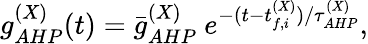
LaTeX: g_{AHP}^{(X)}(t)=\bar{g}_{AHP}^{(X)}~e^{-(t-t_{f,i}^{(X)})/\tau_{AHP}^{(X)}},